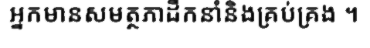
អ្នកមានសមត្ថភាដឹកនាំនិងគ្រប់គ្រង ។